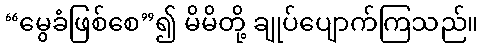
“မွေခံဖြစ်စေ”၍ မိမိတို့ ချုပ်ပျောက်ကြသည်။